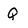
Character: Q